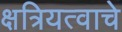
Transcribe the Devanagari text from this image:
क्षत्रियत्वाचे